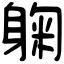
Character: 躹